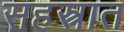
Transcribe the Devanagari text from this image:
सहस्त्रात